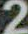
2